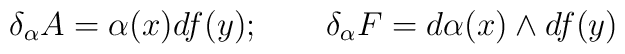
\delta_\alpha A = \alpha(x) d f(y);\qquad  \delta_\alpha F = d\alpha(x)\wedge d f(y)